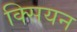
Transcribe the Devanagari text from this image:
क्सियन